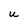
Character: u